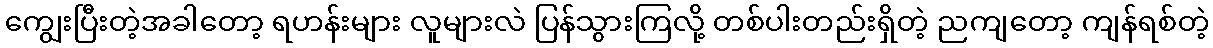
ကျွေးပြီးတဲ့အခါတော့ ရဟန်းများ လူများလဲ ပြန်သွားကြလို့ တစ်ပါးတည်းရှိတဲ့ ညကျတော့ ကျန်ရစ်တဲ့